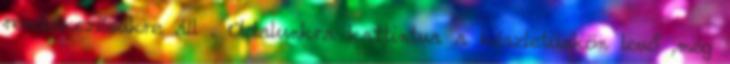
rendelkezésükre áll . Oldalunkra kattintva a készletünkön levő ,még